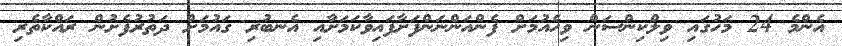
އެންމެ 24 މަހުގައި ވިލްކިންސަން ވިހެއުމަށް ފެންއަންނަންފަށާފައިވާކަމަށާއި އެނބުރި ގައުމަށް ދަތުރުފެށުން ރައްކާތެރި